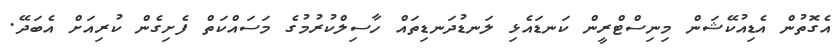
އެގޮތުން އެޑިއުކޭޝަން މިނިސްޓްރީން ކަނޑައެޅި ލަނޑުދަނޑިތައް ހާސިލްކުރުމުގެ މަސައްކަތް ފެށިގެން ކުރިއަށް އެބަދޭ.